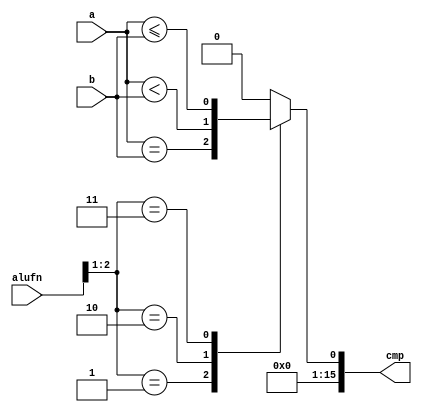
module compare_11 (
    input [5:0] alufn,
    input [15:0] a,
    input [15:0] b,
    output reg [15:0] cmp
  );
  
  
  
  reg comp;
  
  always @* begin
    
    case (alufn[1+1-:2])
      2'h1: begin
        comp = a == b;
      end
      2'h2: begin
        comp = a < b;
      end
      2'h3: begin
        comp = a <= b;
      end
      default: begin
        comp = 1'h0;
      end
    endcase
    cmp[0+0-:1] = comp;
    cmp[1+14-:15] = 7'h00;
  end
endmodule